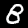
Label: 8